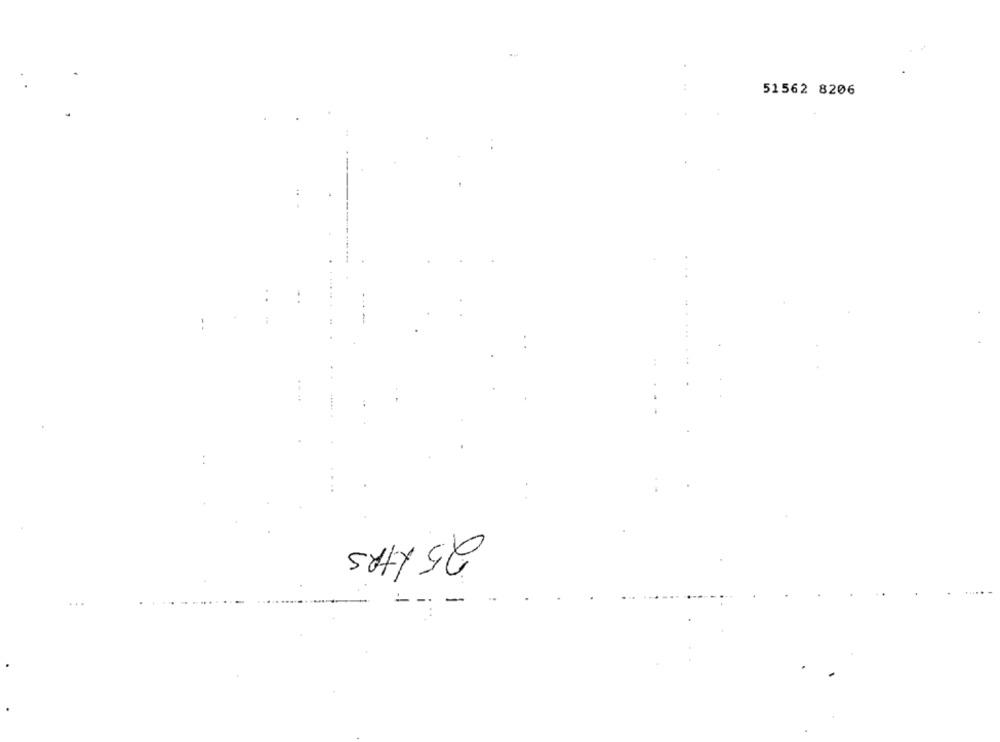
51562 8206
25 LtRS